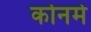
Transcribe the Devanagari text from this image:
कोनमे